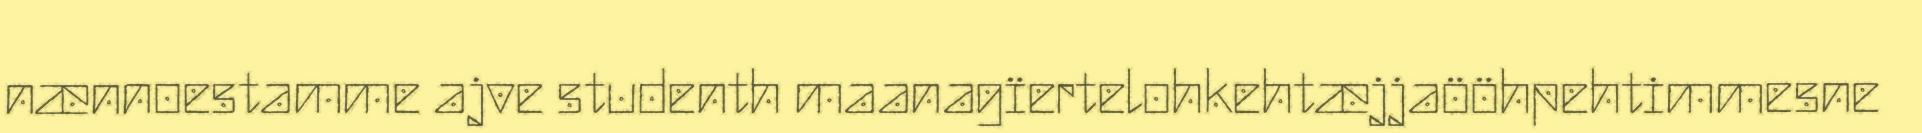
nænnoestamme ajve studenth maanagïertelohkehtæjjaööhpehtimmesne